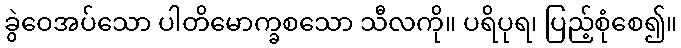
ခွဲဝေအပ်သော ပါတိမောက္ခစသော သီလကို။ ပရိပုရ၊ ပြည့်စုံစေ၍။